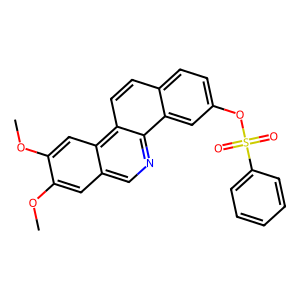
SMILES: COc1cc2cnc3c4cc(OS(=O)(=O)c5ccccc5)ccc4ccc3c2cc1OC
Inhibits HIV replication: No